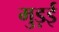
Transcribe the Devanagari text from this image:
मुड़ई